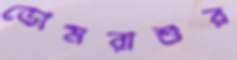
ডোমরাশুর